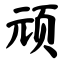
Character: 顽